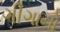
ગીગાનો